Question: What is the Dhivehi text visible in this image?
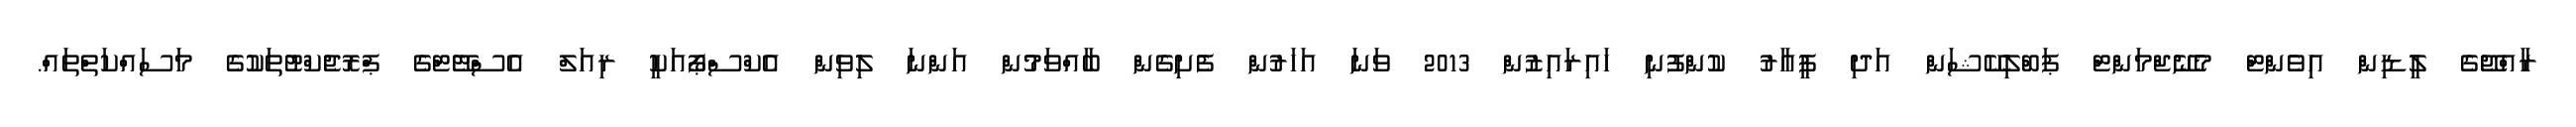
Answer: ރާއްޖޭގެ ލީޑިން އިވެންޓް މެނޭޖްމަންޓް ޕަބްލިކޭޝަން އަދި ޕީއާރު ކުންފުނި ހައިރައިޒުން 2013 ވަނަ އަހަރުން ފެށިގެން ބާއްވަމުން އަންނަ ލިވިން އެކްސްޕޯއަކީ ރިއަލް އެސްޓޭޓްގެ ޕްރޮޖެކްޓުތަކުގެ މަސައްކަތްތައް.